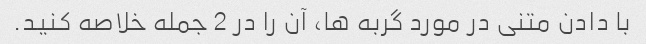
با دادن متنی در مورد گربه ها، آن را در 2 جمله خلاصه کنید.